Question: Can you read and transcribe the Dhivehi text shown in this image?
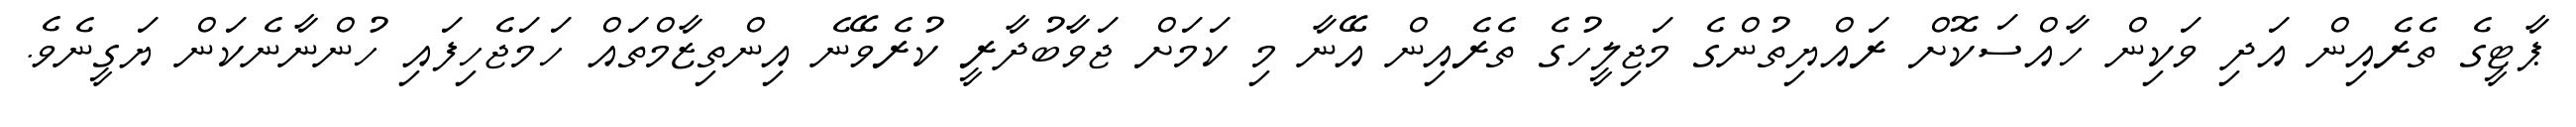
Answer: ޕާޓީގެ ތެރެއިން އަދި ވަކިން ހާއްސަކޮށް ރައްޔިތުންގެ މަޖިލީހުގެ ތެރެއިން އޭނާ މި ކަމަށް ޖަވާބުދާރީ ކުރެވޭނެ އިންތިޒާމްތައް ހަމަޖެހިފައި ހުންނާނެކަން ޔަގީނެވެ.